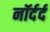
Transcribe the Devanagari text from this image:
नॉर्दर्द